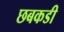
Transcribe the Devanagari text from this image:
छबकडी